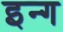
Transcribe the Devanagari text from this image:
इन्ग